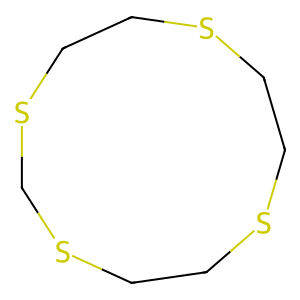
SMILES: C1CSCCSCSCCS1
Inhibits HIV replication: No